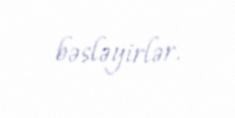
bəsləyirlər.